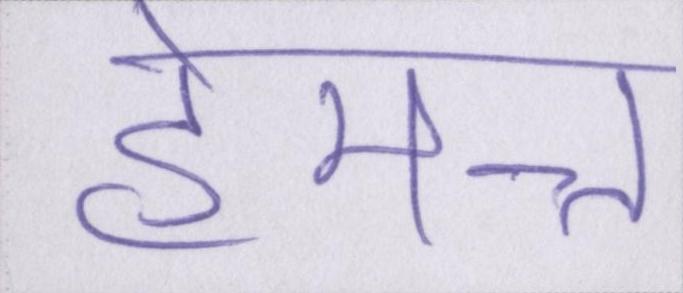
हेमन्त